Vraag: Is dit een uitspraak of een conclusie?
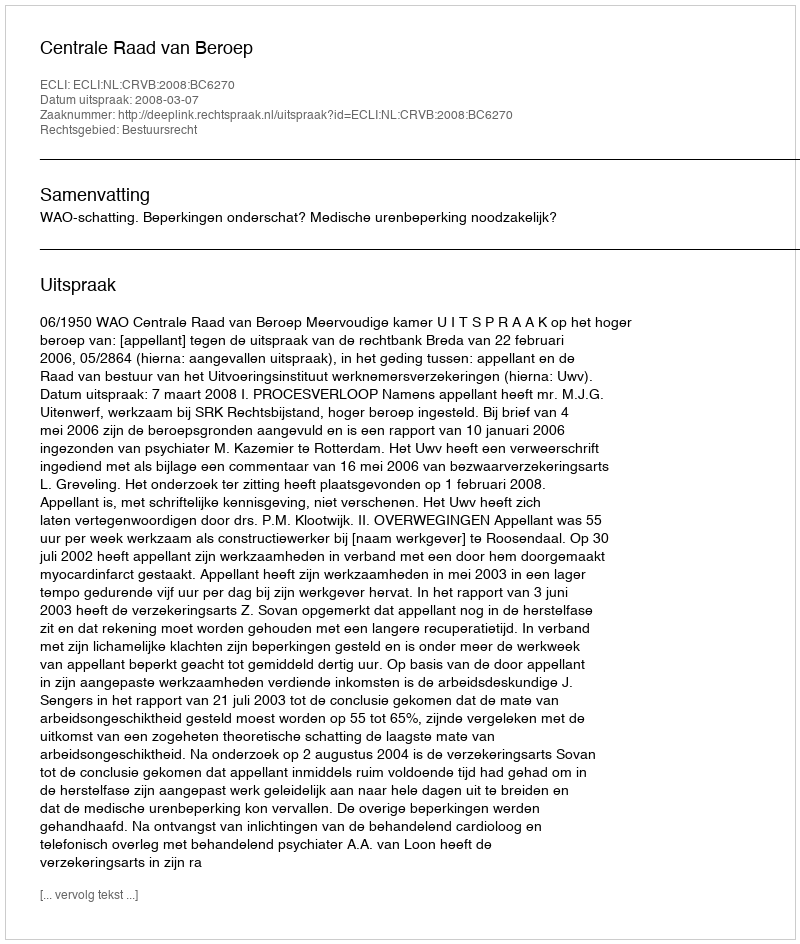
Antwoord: Uitspraak